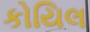
કોયિલ